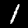
Label: 1